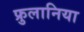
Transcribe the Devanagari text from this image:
फ्रुलानिया